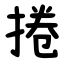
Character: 捲